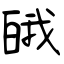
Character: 皒